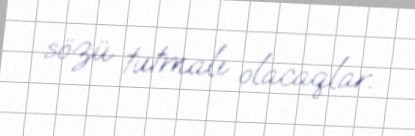
sözü tutmalı olacaqlar.